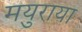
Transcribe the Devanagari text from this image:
मयुराया